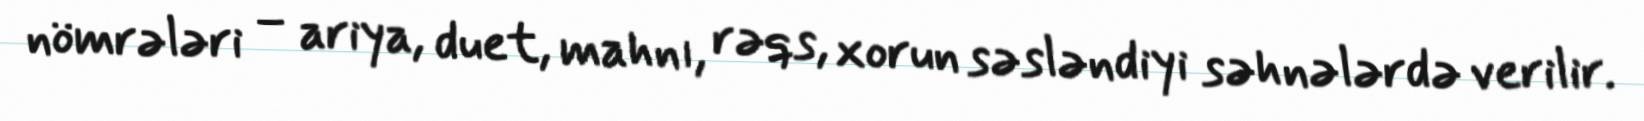
nömrələri – ariya, duet, mahnı, rəqs, xorun səsləndiyi səhnələrdə verilir.